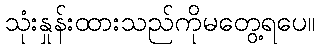
သုံးနှုန်းထားသည်ကိုမတွေ့ရပေ။